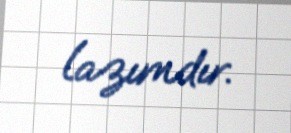
lazımdır.